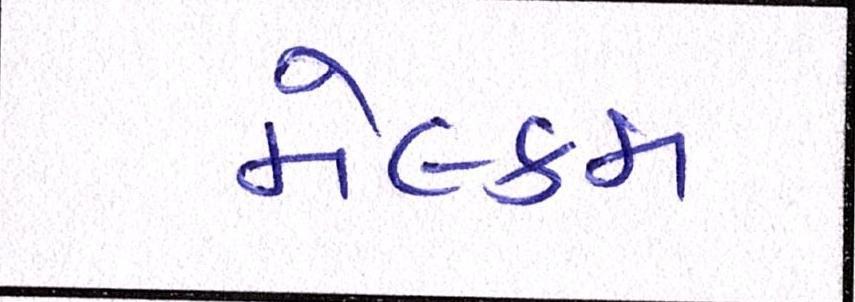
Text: મેલ્કમ